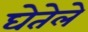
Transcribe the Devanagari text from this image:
घेतेले